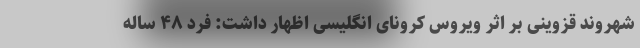
شهروند قزوینی بر اثر ویروس کرونای انگلیسی اظهار داشت: فرد ۴۸ ساله